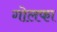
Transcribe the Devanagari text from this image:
गोलफा